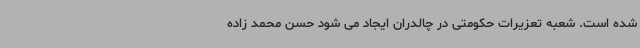
شده است. شعبه تعزیرات حکومتی در چالدران ایجاد می شود حسن محمد زاده